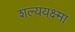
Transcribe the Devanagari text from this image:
शल्ययक्ष्मा